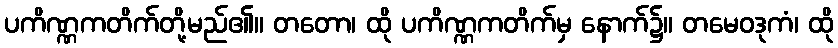
ပကိဏ္ဏကတိက်တို့မည်၏။ တတော၊ ထို ပကိဏ္ဏကတိက်မှ နောက်၌။ တမေဝဒုကံ၊ ထို